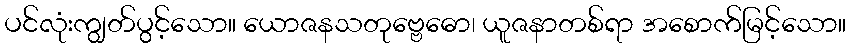
ပင်လုံးကျွတ်ပွင့်သော။ ယောဇနသတုဗ္ဗေဓော၊ ယူဇနာတစ်ရာ အစောက်မြင့်သော။